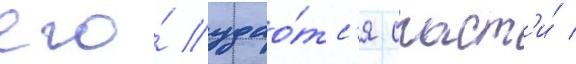
его́ удао́тс'я спаст'и́ /